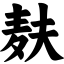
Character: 麸